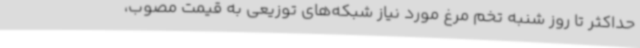
حداکثر تا روز شنبه تخم مرغ مورد نیاز شبکه‌های توزیعی به قیمت مصوب،